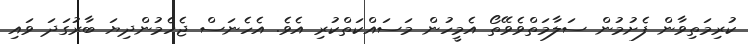
ކުރިމަތިވާން ފެށުމުން ސަލާމަތްވެވޭތޯ އެމީހުން މަސައްކަތްކުރި އެވެ. އެހެނަސް ޖެހެމުންދިޔަ ބާރުގަދަ ވައި